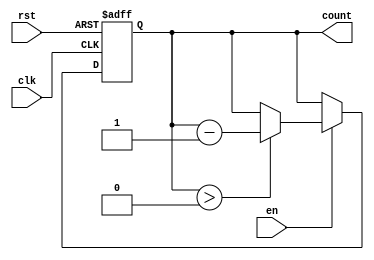
module MemoryBlocksDownCounter (
    input wire clk,        // Clock signal
    input wire rst,        // Reset signal
    input wire en,         // Enable signal
    output reg [7:0] count // Current count value (8-bit)
);

    parameter MAX_COUNT = 8'd255; // Define the maximum count value

    // Initial count value
    initial begin
        count = MAX_COUNT; // Start counting from the maximum value
    end

    // Always block triggered on the rising edge of the clock
    always @(posedge clk or posedge rst) begin
        if (rst) begin
            count <= MAX_COUNT; // Reset to maximum value
        end else if (en) begin
            if (count > 0) begin
                count <= count - 1; // Decrement count if greater than zero
            end
            // If count is already zero, it remains zero
        end
        // If enable is low, count retains its value
    end

endmodule